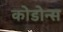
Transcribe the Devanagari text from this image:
कोडोन्स